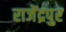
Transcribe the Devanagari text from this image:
राजेंद्रपुर